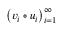
\left( v _ { i } \circ u _ { i } \right) _ { i = 1 } ^ { \infty }